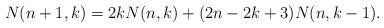
LaTeX: \begin{align*}N({n+1,k})=2kN({n,k})+(2n-2k+3)N(n,k-1).\end{align*}